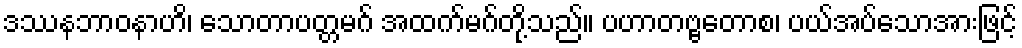
ဒဿနဘာဝနာဟိ၊ သောတာပတ္တမဂ် အထက်မဂ်တို့သည်။ ပဟာတဗ္ဗတောစ၊ ပယ်အပ်သောအားဖြင့်